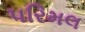
પરિમલ